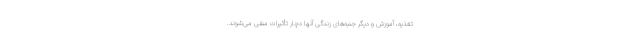
تغذیه، آموزش و دیگر جنبه‌های زندگی آنها دچار تأثیرات منفی می‌شوند.